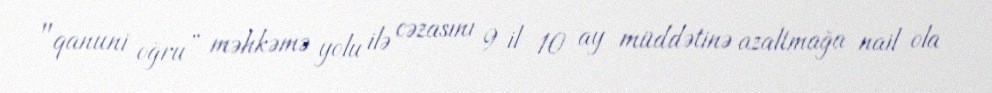
"qanuni oğru” məhkəmə yolu ilə cəzasını 9 il 10 ay müddətinə azaltmağa nail ola